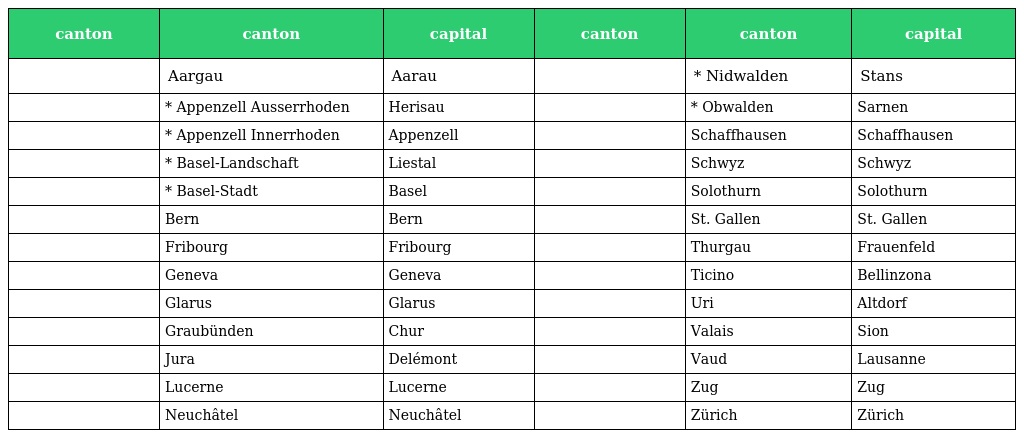
| canton | canton | capital | canton | canton | capital |
 | --- | --- | --- | --- | --- | --- |
 |  | Aargau | Aarau |  | * Nidwalden | Stans |
 |  | * Appenzell Ausserrhoden | Herisau |  | * Obwalden | Sarnen |
 |  | * Appenzell Innerrhoden | Appenzell |  | Schaffhausen | Schaffhausen |
 |  | * Basel-Landschaft | Liestal |  | Schwyz | Schwyz |
 |  | * Basel-Stadt | Basel |  | Solothurn | Solothurn |
 |  | Bern | Bern |  | St. Gallen | St. Gallen |
 |  | Fribourg | Fribourg |  | Thurgau | Frauenfeld |
 |  | Geneva | Geneva |  | Ticino | Bellinzona |
 |  | Glarus | Glarus |  | Uri | Altdorf |
 |  | Graubünden | Chur |  | Valais | Sion |
 |  | Jura | Delémont |  | Vaud | Lausanne |
 |  | Lucerne | Lucerne |  | Zug | Zug |
 |  | Neuchâtel | Neuchâtel |  | Zürich | Zürich |